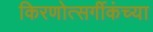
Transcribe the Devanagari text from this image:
किरणोत्सर्गीकंच्या